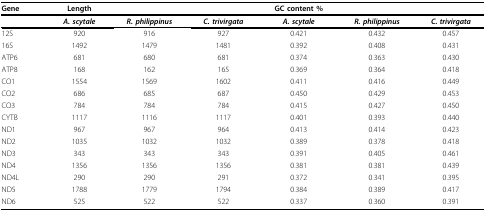
<table><thead><tr><td><b>Gene</b></td><td><b>Length</b></td><td></td><td></td><td><b>GC content %</b></td><td></td><td></td></tr><tr><td></td><td><b><i>A. scytale</i></b></td><td><b><i>R. philippinus</i></b></td><td><b><i>C. trivirgata</i></b></td><td><b><i>A. scytale</i></b></td><td><b><i>R. philippinus</i></b></td><td><b><i>C. trivirgata</i></b></td></tr></thead><tbody><tr><td>12S</td><td>920</td><td>916</td><td>927</td><td>0.421</td><td>0.432</td><td>0.457</td></tr><tr><td>16S</td><td>1492</td><td>1479</td><td>1481</td><td>0.392</td><td>0.408</td><td>0.431</td></tr><tr><td>ATP6</td><td>681</td><td>680</td><td>681</td><td>0.374</td><td>0.363</td><td>0.430</td></tr><tr><td>ATP8</td><td>168</td><td>162</td><td>165</td><td>0.369</td><td>0.364</td><td>0.418</td></tr><tr><td>CO1</td><td>1554</td><td>1569</td><td>1602</td><td>0.411</td><td>0.416</td><td>0.449</td></tr><tr><td>CO2</td><td>686</td><td>685</td><td>687</td><td>0.450</td><td>0.429</td><td>0.453</td></tr><tr><td>CO3</td><td>784</td><td>784</td><td>784</td><td>0.415</td><td>0.427</td><td>0.450</td></tr><tr><td>CYTB</td><td>1117</td><td>1116</td><td>1117</td><td>0.401</td><td>0.393</td><td>0.440</td></tr><tr><td>ND1</td><td>967</td><td>967</td><td>964</td><td>0.413</td><td>0.414</td><td>0.423</td></tr><tr><td>ND2</td><td>1035</td><td>1032</td><td>1032</td><td>0.389</td><td>0.378</td><td>0.418</td></tr><tr><td>ND3</td><td>343</td><td>343</td><td>343</td><td>0.391</td><td>0.405</td><td>0.461</td></tr><tr><td>ND4</td><td>1356</td><td>1356</td><td>1356</td><td>0.381</td><td>0.381</td><td>0.439</td></tr><tr><td>ND4L</td><td>290</td><td>290</td><td>291</td><td>0.372</td><td>0.341</td><td>0.395</td></tr><tr><td>ND5</td><td>1788</td><td>1779</td><td>1794</td><td>0.384</td><td>0.389</td><td>0.417</td></tr><tr><td>ND6</td><td>525</td><td>522</td><td>522</td><td>0.337</td><td>0.360</td><td>0.391</td></tr></tbody></table>